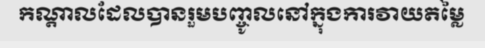
កណ្តាលដែលបានរួមបញ្ចូលនៅក្នុងការវាយតម្លៃ